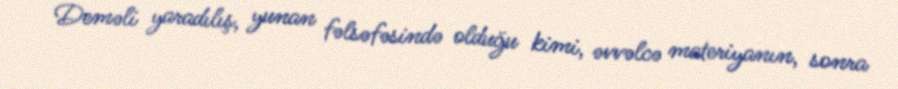
Deməli yaradılış, yunan fəlsəfəsində olduğu kimi, əvvəlcə materiyanın, sonra